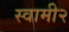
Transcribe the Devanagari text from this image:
स्वामी२